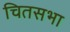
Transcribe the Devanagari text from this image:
चितसभा